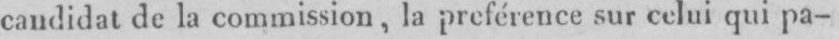
candidat de la commission, la preférence sur celui qui pa-